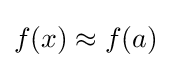
f(x)\approx f(a)